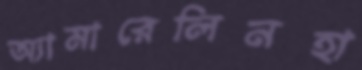
অ্যামারেলিনহা